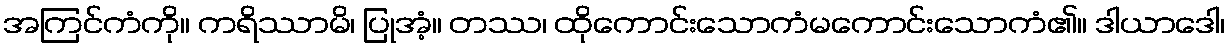
အကြင်ကံကို။ ကရိဿာမိ၊ ပြုအံ့။ တဿ၊ ထိုကောင်းသောကံမကောင်းသောကံ၏။ ဒါယာဒေါ၊